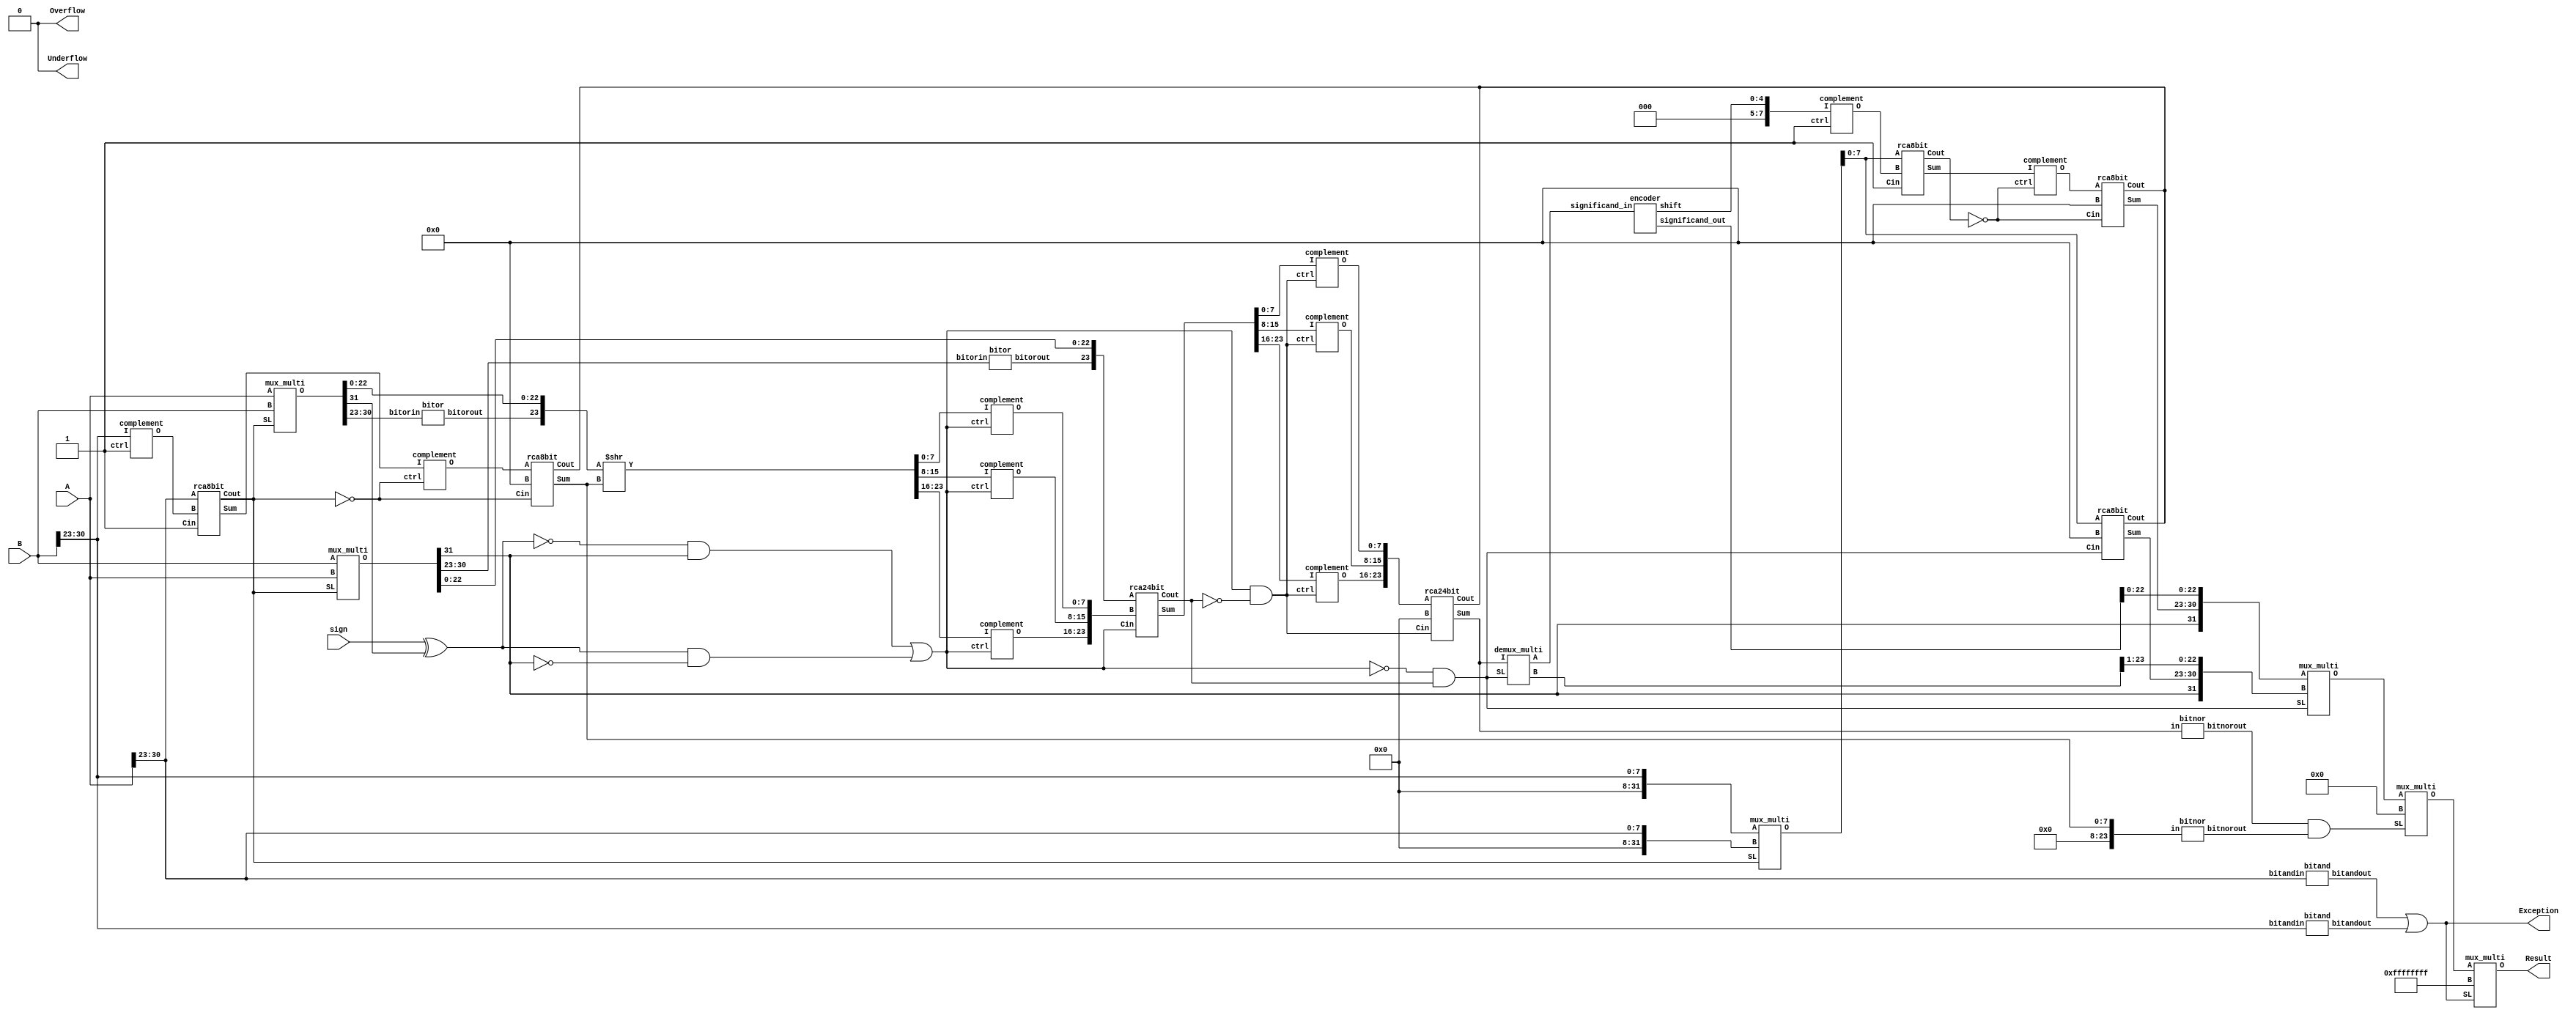
`timescale 1ns / 1ps
//////////////////////////////////////////////////////////////////////////////////
// Company: 
// Engineer: 
// 
// Design Name: 
// Module Name:    add_sub 
// Project Name: 
// Target Devices: 
// Tool versions: 
// Description: 
//
// Dependencies: 
//
// Revision: 
// Revision 0.01 - File Created
// Additional Comments: 
//
//////////////////////////////////////////////////////////////////////////////////

module add_sub(
     input [31:0]A,
     input  [31:0]B,
     input  sign,    // 0 IS FOR ADDITION AND 1 IS FOR SUBTRACTION
     output Exception,
	  output Overflow,
	  output Underflow,
     output [31:0]Result
);
wire [7:0]comp_B,diff,comp_diff,expo_diff,comp_dec_expo,temp_expo,comp_temp_expo,final_res_expo,final_res_expo1;
wire expo_sign,expo_sign_comp,real_sign,result_sign,bitorA,bitorB,bitandA,bitandB,bitor_mantissa,bitor_expo_diff,mantissa_carry;
wire a_sign_comp,and1,and2,or1,xor1,xnor1,comp_mantissa_carry,comp_real_sign,temp_bit1,temp_bit2,zero,w1,nw1;
wire [31:0]operand_a,operand_b,res_expo,temp_result1,temp_result2;
wire [23:0]mantissa_a,mantissa_b,mantissa_b_comp,mantissa_sum,comp_mantissa_sum,final_mantissa_sum,normalised,not_normalised,final_normalised;
wire [4:0]dec_expo;

not(Overflow,1'b1);
not(Underflow,1'b1);

bitand     C01(.bitandin(A[30:23]), .bitandout(bitandA));
bitand     C02(.bitandin(B[30:23]), .bitandout(bitandB));
or(Exception,bitandA,bitandB);

complement C03(.I(B[30:23]), .ctrl(1'b1), .O(comp_B[7:0]));
rca8bit    C04(.A(A[30:23]), .B(comp_B[7:0]), .Cin(1'b1), .Sum(diff[7:0]), .Cout(expo_sign));
// expo sign = 1 => no swap
// expo sign = 0 => swapping
mux_multi  C05(.A(A[31:0]), .B(B[31:0]), .SL(expo_sign), .O(operand_b[31:0]));
mux_multi  C06(.A(B[31:0]), .B(A[31:0]), .SL(expo_sign), .O(operand_a[31:0])); // swapping done, now (operand_a > operand_b) always
// set exponent of result equal to larger exponent
mux_multi  C07(.A({24'd0,B[30:23]}), .B({24'd0,A[30:23]}), .SL(expo_sign), .O(res_expo[31:0]));

not(expo_sign_comp,expo_sign);
complement C08(.I(diff[7:0]), .ctrl(expo_sign_comp), .O(comp_diff[7:0]));
rca8bit    C09(.A(comp_diff[7:0]), .B(8'd0), .Cin(expo_sign_comp), .Sum(expo_diff[7:0]), .Cout()); // get expo_difference 

not(a_sign_comp,operand_a[31]);
xnor(xnor1,sign,operand_b[31]);
xor(xor1,sign,operand_b[31]);
and(and1,xnor1,operand_a[31]);
and(and2,xor1,a_sign_comp);
or(real_sign,and1,and2);

and(result_sign,operand_a[31],1'b1); // final answer sign bit

bitor      C10(.bitorin(operand_a[30:23]), .bitorout(bitorA));
bitor      C11(.bitorin(operand_b[30:23]), .bitorout(bitorB));

assign mantissa_a = {bitorA,operand_a[22:0]};
// shifting of mantissa
assign mantissa_b = {bitorB,operand_b[22:0]} >> expo_diff;

complement C12(.I(mantissa_b[7:0]  ), .ctrl(real_sign), .O(mantissa_b_comp[7:0])  );
complement C13(.I(mantissa_b[15:8] ), .ctrl(real_sign), .O(mantissa_b_comp[15:8]) );
complement C14(.I(mantissa_b[23:16]), .ctrl(real_sign), .O(mantissa_b_comp[23:16]));

rca24bit   C15(.A(mantissa_a[23:0] ), .B(mantissa_b_comp[23:0]), .Cin(real_sign), .Sum(mantissa_sum[23:0]), .Cout(mantissa_carry));
not(comp_mantissa_carry,mantissa_carry);
and(temp_bit1,real_sign,comp_mantissa_carry);
complement C16(.I(mantissa_sum[7:0]),   .ctrl(temp_bit1), .O(comp_mantissa_sum[7:0]));
complement C17(.I(mantissa_sum[15:8]),  .ctrl(temp_bit1), .O(comp_mantissa_sum[15:8]));
complement C18(.I(mantissa_sum[23:16]), .ctrl(temp_bit1), .O(comp_mantissa_sum[23:16]));
rca24bit   C19(.A(comp_mantissa_sum[23:0] ), .B(24'd0), .Cin(temp_bit1), .Sum(final_mantissa_sum[23:0]), .Cout());

bitnor      C20(.in(final_mantissa_sum[23:0]), .bitnorout(bitor_mantissa));
bitnor      C21(.in({16'd0,expo_diff[7:0]}), .bitnorout(bitor_expo_diff));
and(zero,bitor_mantissa,bitor_expo_diff);

not(comp_real_sign,real_sign);
and(temp_bit2,comp_real_sign,mantissa_carry);

demux_multi  C22(.I(final_mantissa_sum[23:0]), .SL(temp_bit2), .A(not_normalised[23:0]), .B(normalised[23:0]));

encoder      C23(.significand_in(not_normalised[23:0]), .shift(dec_expo[4:0]), .significand_out(final_normalised[23:0]));

complement   C24(.I({3'b000,dec_expo[4:0]}),  .ctrl(1'b1),  .O(comp_dec_expo[7:0]));
rca8bit      C25(.A(res_expo[7:0]),  .B(comp_dec_expo[7:0]),  .Cin(1'b1),  .Sum(temp_expo[7:0]), .Cout(w1));
not(nw1,w1);
complement   C26(.I(temp_expo[7:0]),      .ctrl(nw1),      .O(comp_temp_expo[7:0]));
rca8bit      C27(.A(comp_temp_expo[7:0]), .B(8'b00000000), .Cin(nw1),            .Sum(final_res_expo[7:0]), .Cout());
rca8bit      C28(.A(res_expo[7:0]),       .B(8'd0),        .Cin(temp_bit2),      .Sum(final_res_expo1[7:0]), .Cout());

mux_multi    C29(.A({result_sign,final_res_expo[7:0],final_normalised[22:0]}), .B({result_sign,final_res_expo1[7:0],normalised[23:1]}), .SL(temp_bit2), .O(temp_result1[31:0]));
mux_multi    C30(.A(temp_result1[31:0]),                                       .B(32'd0),                                               .SL(zero),      .O(temp_result2[31:0]));
mux_multi    C31(.A(temp_result2[31:0]),                                       .B(32'hFFFFFFFF),                                        .SL(Exception), .O(Result[31:0]));

endmodule

module bitand(
	 input [7:0]bitandin,
	 output bitandout
	 );
and(bitandout,bitandin[7],bitandin[6],bitandin[5],bitandin[4],bitandin[3],bitandin[2],bitandin[1],bitandin[0]);
endmodule

module bitor(
	 input [7:0]bitorin,
	 output bitorout
	 );
or(bitorout,bitorin[7],bitorin[6],bitorin[5],bitorin[4],bitorin[3],bitorin[2],bitorin[1],bitorin[0]);
endmodule

module bitnor(
	 input [23:0]in,
	 output bitnorout
	 );
nor(bitnorout,in[23],in[22],in[21],in[20],in[19],in[18],in[17],in[16],in[15],in[14],in[13],in[12],in[11],in[10],in[9],in[8],in[7],in[6],in[5],in[4],in[3],in[2],in[1],in[0]);
endmodule

module complement(
	 input [7:0]I,
	 input ctrl,
	 output [7:0]O
	 );
xor(O[7], ctrl, I[7]);
xor(O[6], ctrl, I[6]);
xor(O[5], ctrl, I[5]);
xor(O[4], ctrl, I[4]);
xor(O[3], ctrl, I[3]);
xor(O[2], ctrl, I[2]);
xor(O[1], ctrl, I[1]);
xor(O[0], ctrl, I[0]);

endmodule


module rca24bit(
	 input [23:0]A,
	 input [23:0]B,
	 input Cin,
	 output [23:0]Sum,
	 output Cout
	 );
rca8bit adder81(.A(A[7:0]), .B(B[7:0]), .Cin(Cin), .Sum(Sum[7:0]), .Cout(ripple1));
rca8bit adder82(.A(A[15:8]), .B(B[15:8]), .Cin(ripple1), .Sum(Sum[15:8]), .Cout(ripple2));
rca8bit adder83(.A(A[23:16]), .B(B[23:16]), .Cin(ripple2), .Sum(Sum[23:16]), .Cout(Cout));
	 
endmodule

module rca8bit(
    input [7:0] A,
    input [7:0] B,
	 input Cin,
	 output [7:0] Sum,
	 output Cout
    );
adder4 F0( .a(A[3:0]),  .b(B[3:0]),  .cin(Cin),      .sum(Sum[3:0]),  .carry(ripple));
adder4 F1( .a(A[7:4]),  .b(B[7:4]),  .cin(ripple),   .sum(Sum[7:4]),  .carry(Cout));
endmodule

// module 9
module adder4(
	 input [3:0]a,
	 input [3:0]b,
	 input cin,
	 output [3:0]sum,
	 output carry
	 );
wire w1,w2,w3;
adder_full G0(.a(a[0]),  .b(b[0]),  .cin(cin),  .sum(sum[0]),  .carry(w1));
adder_full G1(.a(a[1]),  .b(b[1]),  .cin(w1),   .sum(sum[1]),  .carry(w2));
adder_full G2(.a(a[2]),  .b(b[2]),  .cin(w2),   .sum(sum[2]),  .carry(w3));
adder_full G3(.a(a[3]),  .b(b[3]),  .cin(w3),   .sum(sum[3]),  .carry(carry));
endmodule

// module 10
module adder_full(
	 input a,
	 input b,
	 input cin,
	 output sum,
	 output carry
	 );
wire w1,w2,w3;
adder_half H0(.a(a),    .b(b),    .sum(w1),   .carry(w2));
adder_half H1(.a(w1),   .b(cin),  .sum(sum),  .carry(w3));
or(carry,w2,w3);
endmodule

// module 11
module adder_half(
	 input a,
	 input b,
	 output sum,
	 output carry
	 );
xor(sum,a,b);
and(carry,a,b);
endmodule

// module 12
module mux_multi(
	 input [31:0]A,
	 input [31:0]B,
	 input SL,
	 output [31:0]O
	 );
mux M01 (.fi(A[31]),.si(B[31]),.SL(SL),.Y(O[31]));
mux M02 (.fi(A[30]),.si(B[30]),.SL(SL),.Y(O[30]));
mux M03 (.fi(A[29]),.si(B[29]),.SL(SL),.Y(O[29]));
mux M04 (.fi(A[28]),.si(B[28]),.SL(SL),.Y(O[28]));
mux M05 (.fi(A[27]),.si(B[27]),.SL(SL),.Y(O[27]));
mux M06 (.fi(A[26]),.si(B[26]),.SL(SL),.Y(O[26]));
mux M07 (.fi(A[25]),.si(B[25]),.SL(SL),.Y(O[25]));
mux M08 (.fi(A[24]),.si(B[24]),.SL(SL),.Y(O[24]));
mux M09 (.fi(A[23]),.si(B[23]),.SL(SL),.Y(O[23]));
mux M10 (.fi(A[22]),.si(B[22]),.SL(SL),.Y(O[22]));
mux M11 (.fi(A[21]),.si(B[21]),.SL(SL),.Y(O[21]));
mux M12 (.fi(A[20]),.si(B[20]),.SL(SL),.Y(O[20]));
mux M13 (.fi(A[19]),.si(B[19]),.SL(SL),.Y(O[19]));
mux M14 (.fi(A[18]),.si(B[18]),.SL(SL),.Y(O[18]));
mux M15 (.fi(A[17]),.si(B[17]),.SL(SL),.Y(O[17]));
mux M16 (.fi(A[16]),.si(B[16]),.SL(SL),.Y(O[16]));
mux M17 (.fi(A[15]),.si(B[15]),.SL(SL),.Y(O[15]));
mux M18 (.fi(A[14]),.si(B[14]),.SL(SL),.Y(O[14]));
mux M19 (.fi(A[13]),.si(B[13]),.SL(SL),.Y(O[13]));
mux M20 (.fi(A[12]),.si(B[12]),.SL(SL),.Y(O[12]));
mux M21 (.fi(A[11]),.si(B[11]),.SL(SL),.Y(O[11]));
mux M22 (.fi(A[10]),.si(B[10]),.SL(SL),.Y(O[10]));
mux M23 (.fi(A[9]) ,.si(B[9]) ,.SL(SL),.Y(O[9]) );
mux M24 (.fi(A[8]) ,.si(B[8]) ,.SL(SL),.Y(O[8]) );
mux M25 (.fi(A[7]) ,.si(B[7]) ,.SL(SL),.Y(O[7]) );
mux M26 (.fi(A[6]) ,.si(B[6]) ,.SL(SL),.Y(O[6]) );
mux M27 (.fi(A[5]) ,.si(B[5]) ,.SL(SL),.Y(O[5]) );
mux M28 (.fi(A[4]) ,.si(B[4]) ,.SL(SL),.Y(O[4]) );
mux M29 (.fi(A[3]) ,.si(B[3]) ,.SL(SL),.Y(O[3]) );
mux M30 (.fi(A[2]) ,.si(B[2]) ,.SL(SL),.Y(O[2]) );
mux M31 (.fi(A[1]) ,.si(B[1]) ,.SL(SL),.Y(O[1]) );
mux M32 (.fi(A[0]) ,.si(B[0]) ,.SL(SL),.Y(O[0]) );
	 
endmodule

module mux(
	 input fi,
	 input si,
	 input SL,
	 output Y
	 );
wire invSL,and1,and2,or1;
and(and1,SL,si);
not(invSL,SL);
and(and2,invSL,fi);
or(Y,and1,and2);
endmodule

module demux_multi(
	 input [23:0]I,
	 input SL,
	 output [23:0]A,
	 output [23:0]B
	 );
demux D01(.I(I[23]), .SL(SL), .A(A[23]), .B(B[23]));
demux D02(.I(I[22]), .SL(SL), .A(A[22]), .B(B[22]));
demux D03(.I(I[21]), .SL(SL), .A(A[21]), .B(B[21]));
demux D04(.I(I[20]), .SL(SL), .A(A[20]), .B(B[20]));
demux D05(.I(I[19]), .SL(SL), .A(A[19]), .B(B[19]));
demux D06(.I(I[18]), .SL(SL), .A(A[18]), .B(B[18]));
demux D07(.I(I[17]), .SL(SL), .A(A[17]), .B(B[17]));
demux D08(.I(I[16]), .SL(SL), .A(A[16]), .B(B[16]));
demux D09(.I(I[15]), .SL(SL), .A(A[15]), .B(B[15]));
demux D10(.I(I[14]), .SL(SL), .A(A[14]), .B(B[14]));
demux D11(.I(I[13]), .SL(SL), .A(A[13]), .B(B[13]));
demux D12(.I(I[12]), .SL(SL), .A(A[12]), .B(B[12]));
demux D13(.I(I[11]), .SL(SL), .A(A[11]), .B(B[11]));
demux D14(.I(I[10]), .SL(SL), .A(A[10]), .B(B[10]));
demux D15(.I(I[9]) , .SL(SL), .A(A[9]) , .B(B[9]) );
demux D16(.I(I[8]) , .SL(SL), .A(A[8]) , .B(B[8]) );
demux D17(.I(I[7]) , .SL(SL), .A(A[7]) , .B(B[7]) );
demux D18(.I(I[6]) , .SL(SL), .A(A[6]) , .B(B[6]) );
demux D19(.I(I[5]) , .SL(SL), .A(A[5]) , .B(B[5]) );
demux D20(.I(I[4]) , .SL(SL), .A(A[4]) , .B(B[4]) );
demux D21(.I(I[3]) , .SL(SL), .A(A[3]) , .B(B[3]) );
demux D22(.I(I[2]) , .SL(SL), .A(A[2]) , .B(B[2]) );
demux D23(.I(I[1]) , .SL(SL), .A(A[1]) , .B(B[1]) );
demux D24(.I(I[0]) , .SL(SL), .A(A[0]) , .B(B[0]) );
	 
endmodule

module demux(
	 input I,
	 input SL,
	 output A,
	 output B
	 );
wire invSL;
not(invSL,SL);
and(A,invSL,I);
and(B,SL,I);
endmodule

module encoder(
     input  [23:0]significand_in,
     output reg [4:0]shift,
     output reg [23:0]significand_out
     );


always @(significand_in)
begin
	casex (significand_in)
		24'b1xxx_xxxx_xxxx_xxxx_xxxx_xxxx : begin
													significand_out = significand_in;
									 				shift = 5'd0;
						                                end
		24'b01xx_xxxx_xxxx_xxxx_xxxx_xxxx : begin						
										 			significand_out = significand_in << 1;
									 				shift = 5'd1;
										end
		24'b001x_xxxx_xxxx_xxxx_xxxx_xxxx : begin						
										 			significand_out = significand_in << 2;
									 				shift = 5'd2;
										end

		24'b0001_xxxx_xxxx_xxxx_xxxx_xxxx : 	begin 							
													significand_out = significand_in << 3;
								 	 				shift = 5'd3;
										end

		24'b0000_1xxx_xxxx_xxxx_xxxx_xxxx : 	begin						
									 				significand_out = significand_in << 4;
								 	 				shift = 5'd4;
								 		end

		24'b0000_01xx_xxxx_xxxx_xxxx_xxxx : 	begin						
									 				significand_out = significand_in << 5;
								 	 				shift = 5'd5;
										end

		24'b0000_001x_xxxx_xxxx_xxxx_xxxx : 	begin						
									 				significand_out = significand_in << 6;
								 	 				shift = 5'd6;
						 				end

		24'b0000_0001_xxxx_xxxx_xxxx_xxxx : 	begin					
									 				significand_out = significand_in << 7;
								 	 				shift = 5'd7;
						 				end

		24'b0000_0000_1xxx_xxxx_xxxx_xxxx : 	begin						
									 				significand_out = significand_in << 8;
								 	 				shift = 5'd8;
						 				end

		24'b0000_0000_01xx_xxxx_xxxx_xxxx : 	begin					
									 				significand_out = significand_in << 9;
								 	 				shift = 5'd9;
						 				end

		24'b0000_0000_001x_xxxx_xxxx_xxxx : 	begin						
									 				significand_out = significand_in << 10;
								 	 				shift = 5'd10;
								 		end

		24'b0000_0000_0001_xxxx_xxxx_xxxx : 	begin						
									 				significand_out = significand_in << 11;
								 	 				shift = 5'd11;
										end

		24'b0000_0000_0000_1xxx_xxxx_xxxx : 	begin						
									 				significand_out = significand_in << 12;
								 	 				shift = 5'd12;
						 				end

		24'b0000_0000_0000_01xx_xxxx_xxxx : 	begin					
									 				significand_out = significand_in << 13;
								 	 				shift = 5'd13;
						 				end

		24'b0000_0000_0000_001x_xxxx_xxxx : 	begin						
									 				significand_out = significand_in << 14;
								 	 				shift = 5'd14;
						 				end

		24'b0000_0000_0000_0001_xxxx_xxxx  : 	begin						
									 				significand_out = significand_in << 15;
								 	 				shift = 5'd15;
						 				end

		24'b0000_0000_0000_0000_1xxx_xxxx : 	begin						
									 				significand_out = significand_in << 16;
								 	 				shift = 5'd16;
								 		end

		24'b0000_0000_0000_0000_01xx_xxxx : 	begin						
											 		significand_out = significand_in << 17;
										 	 		shift = 5'd17;
										end

		24'b0000_0000_0000_0000_001x_xxxx : 	begin						
									 				significand_out = significand_in << 18;
								 	 				shift = 5'd18;
						 				end

		24'b0000_0000_0000_0000_0001_xxxx : 	begin						
									 				significand_out = significand_in << 19;
								 	 				shift = 5'd19;
										end

		24'b0000_0000_0000_0000_0000_1xxx :	begin						
									 				significand_out = significand_in << 20;
								 					shift = 5'd20;
						 				end

		24'b0000_0000_0000_0000_0000_01xx : 	begin						
									 				significand_out = significand_in << 21;
								 	 				shift = 5'd21;
						 				end

		24'b0000_0000_0000_0000_0000_001x : 	begin						
									 				significand_out = significand_in << 22;
								 	 				shift = 5'd22;
								 		end

		24'b0000_0000_0000_0000_0000_0001 : 	begin						
									 				significand_out = significand_in << 23;
								 	 				shift = 5'd23;
										end

		24'b0000_0000_0000_0000_0000_0000 : 	begin						
								 					significand_out = significand_in << 24;
							 	 					shift = 5'd24;
						 				end
	endcase
end

endmodule